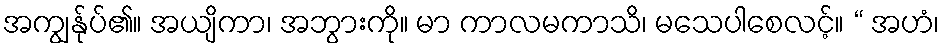
အကျွန်ုပ်၏။ အယျိကာ၊ အဘွားကို။ မာ ကာလမကာသိ၊ မသေပါစေလင့်။ “ အဟံ၊